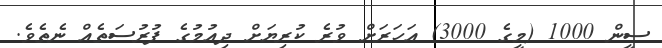
ސީން 1000 (މީގެ 3000) އަހަރަށް ވުރެ ކުރިޔަށް ދިއުމުގެ ފުރުސަތެއް ނެތެވެ.